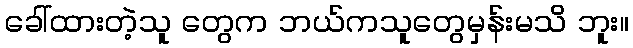
ခေါ်ထားတဲ့သူ တွေက ဘယ်ကသူတွေမှန်းမသိ ဘူး။